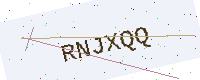
Text: RNJXQQ